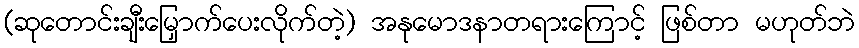
(ဆုတောင်းချီးမြှောက်ပေးလိုက်တဲ့) အနုမောဒနာတရားကြောင့် ဖြစ်တာ မဟုတ်ဘဲ